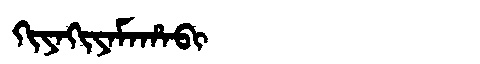
Manchu: ᡴᡳᠶᠠᡴᡳᠶᠠᠮᠠᡥᠠᠪᡳ
Romanization: KIYAKIYAMAHABI